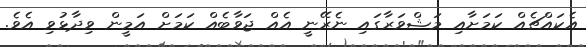
އެކައްޗެއް ކަމަށާއި މަޝްވަރާގައި ނެރޭނީ އެއް ޖަވާބެއް ކަމަށް އަމީން ވިދާޅުވި އެވެ.